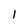
Character: 1